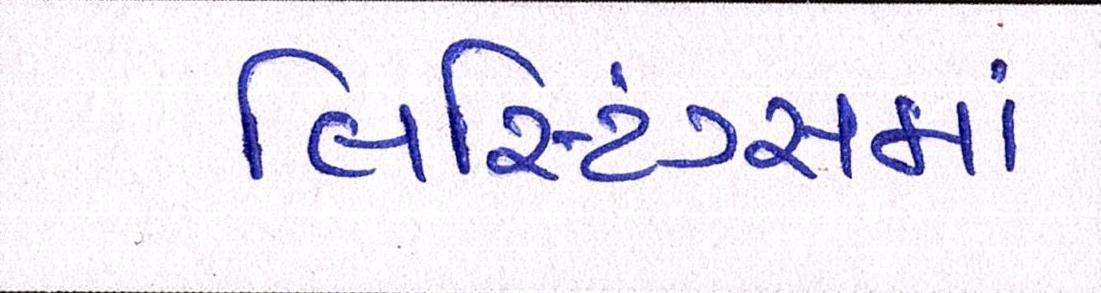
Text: લિસ્ટિંગ્સમાં